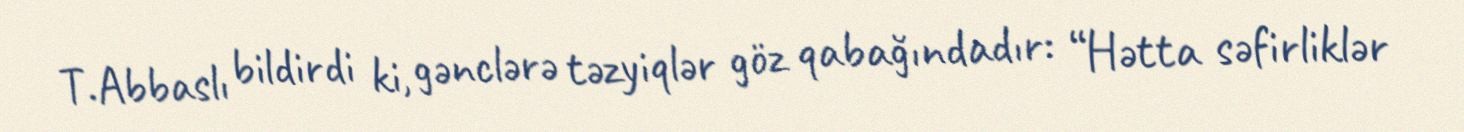
T.Abbaslı bildirdi ki, gənclərə təzyiqlər göz qabağındadır: “Hətta səfirliklər